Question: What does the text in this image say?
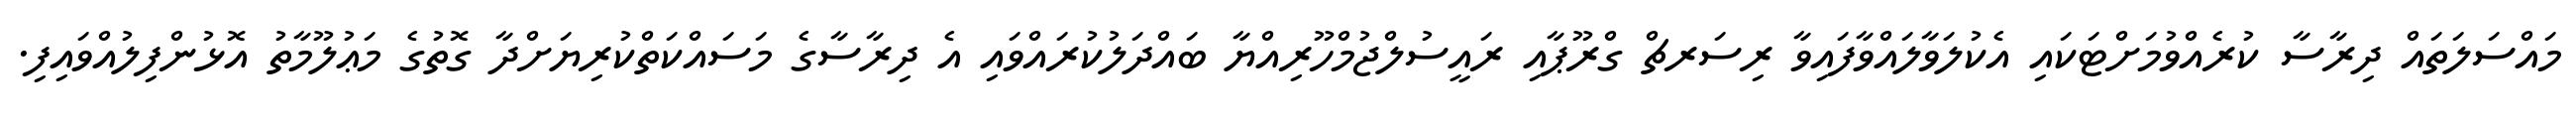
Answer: މައްސަލަތައް ދިރާސާ ކުރެއްވުމަށްޓަކައި އެކުލަވާލައްވާފައިވާ ރިސަރޗް ގްރޫޕާއި ރައީސުލްޖުމްހޫރިއްޔާ ބައްދަލުކުރައްވައި އެ ދިރާސާގެ މަސައްކަތްކުރިޔަށްދާ ގޮތުގެ މަޢުލޫމާތު އޮޅުންފިލުއްވައިފި.